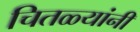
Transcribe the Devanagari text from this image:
चितळ्यांनी